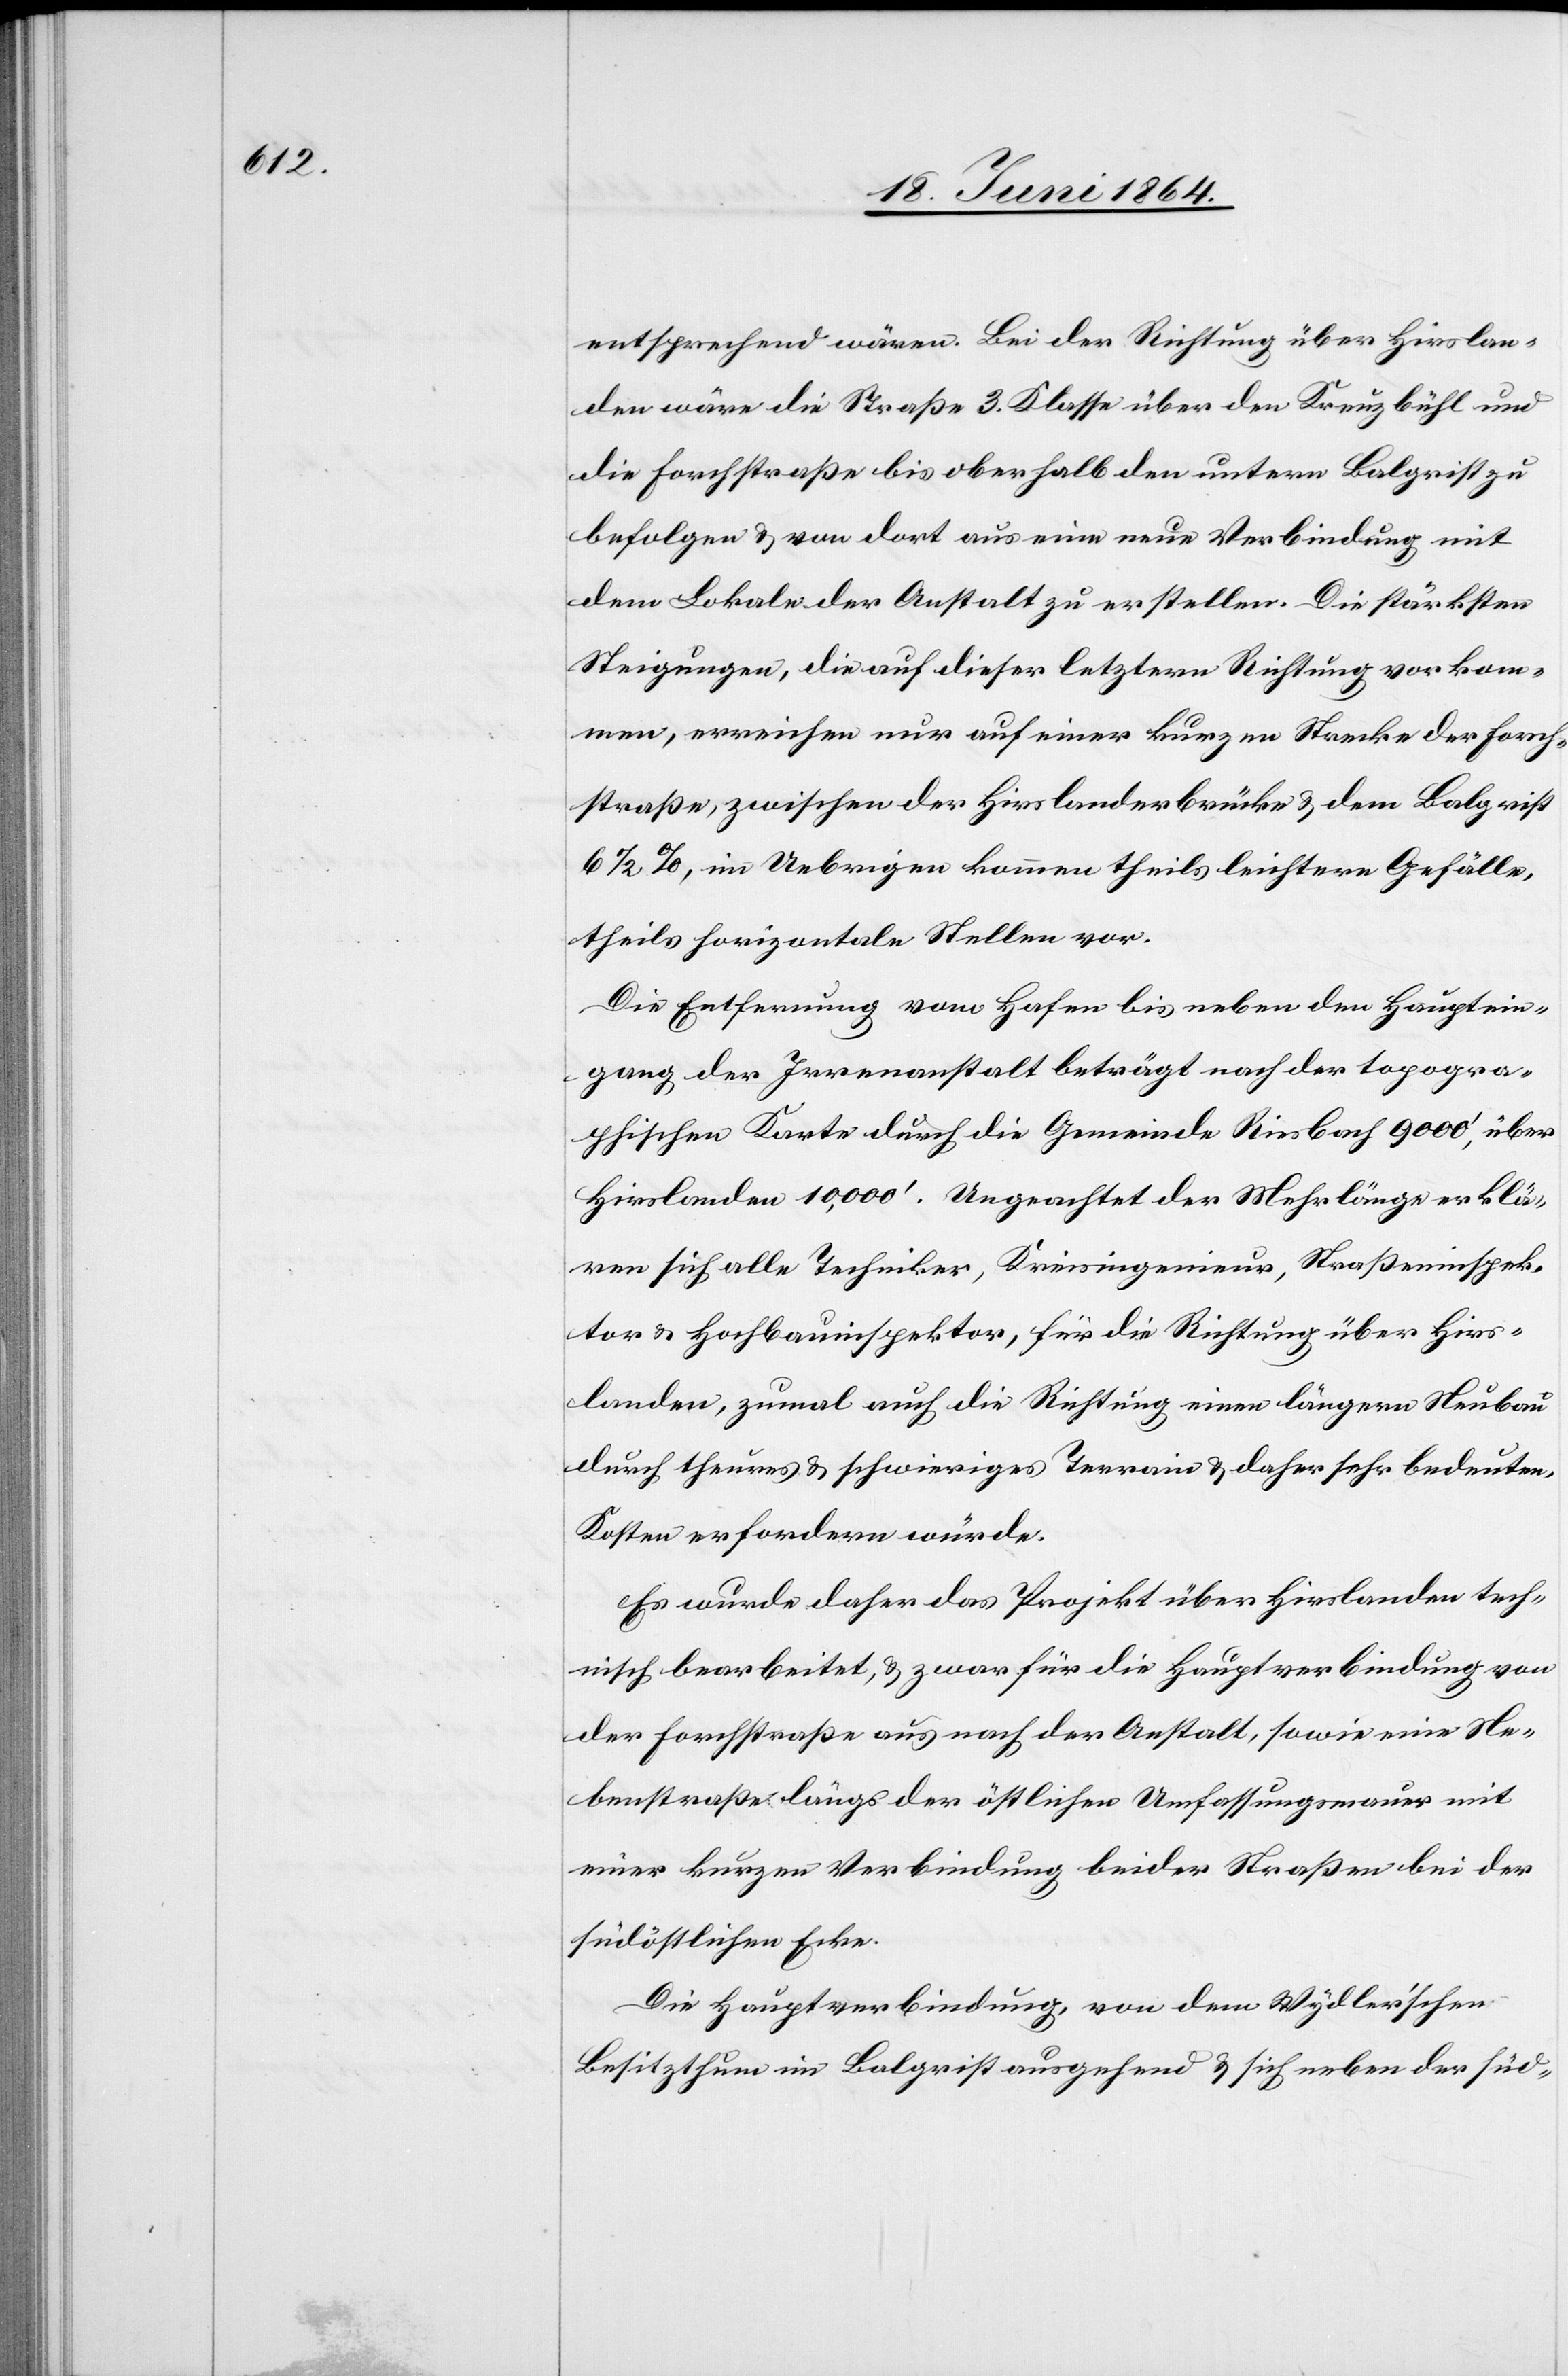
entsprechend wären. Bei der Richtung über Hirslan¬
den wäre die Straße 3. Klasse über den Kreuzbühl und
die Forchstraße bis oberhalb den untern Balgrist zu
befolgen u. von dort aus eine neue Verbindung mit
dem Lokale der Anstalt zu erstellen. Die stärksten
Steigungen, die auf dieser letztern Richtung vorka¬
men, erreichen nur auf einer kurzen Strecke der Forch¬
straße, zwischen der Hirslanderbrücke u. dem Balgrist
6 1/2%, im Uebrigen kommen theils leichtere Gefälle,
theils horizontale Stellen vor.
Die Entfernung vom Hafen bis neben den Hauptein¬
gang der Irrenanstalt beträgt nach der topogra¬
phischen Karte durch die Gemeinde Riesbach 9000’, über
Hirslanden 10,000’. Ungeachtet der Mehrlänge erklä¬
ren sich alle Techniker, Kreisingenieur, Straßeninspek¬
tor u. Hochbauinspektor, für die Richtung über Hirs¬
landen, zumal auch die Richtung einen längern Neubau
durch theures u. schwieriges Terrain u. daher sehr bedeuten[de]
Kosten erfordern würde.
Es wurde daher das Projekt über Hirslanden tech¬
nisch bearbeitet, u. zwar für die Hauptverbindung von
der Forchstraße aus nach der Anstalt, sowie eine Ne¬
ubaustraße längs der östlichen Umfassungsmauer mit
einer kurzen Verbindung beider Straßen bei der
südöstlichen Ecke.
Die Hauptverbindung, von dem Wydler’schen
Besitzthum im Balgrist ausgehend u. sich neben der süd-